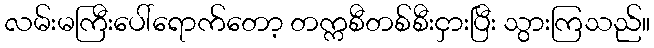
လမ်းမကြီးပေါ်ရောက်တော့ တက္ကစီတစ်စီးငှားပြီး သွားကြသည်။